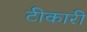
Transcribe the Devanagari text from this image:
टीकारी